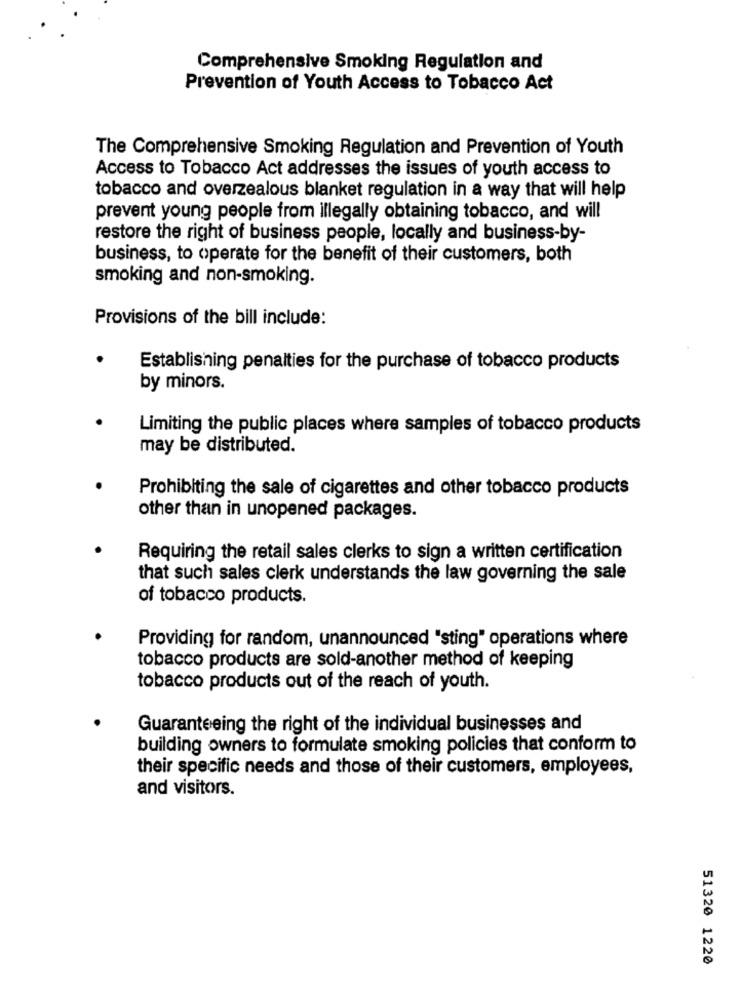
Comprehensive Smoking Regulation and
Prevention of Youth Access to Tobacco Act
The Comprehensive Smoking Regulation and Prevention of Youth
Access to Tobacco Act addresses the issues of youth access to
tobacco and overzealous blanket regulation in a way that will help
prevent young people from illegally obtaining tobacco, and will
restore the right of business people, locally and business-by-
business, to operate for the benefit of their customers, both
smoking and non-smoking.
Provisions of the bill include:
Establishing penalties for the purchase of tobacco products
by minors.
Limiting the public places where samples of tobacco products
may be distributed.
Prohibiting the sale of cigarettes and other tobacco products
other than in unopened packages.
Requiring the retail sales clerks to sign a written certification
that such sales clerk understands the law governing the sale
of tobacco products.
Providing for random, unannounced "sting" operations where
tobacco products are sold-another method of keeping
tobacco products out of the reach of youth.
Guaranteeing the right of the individual businesses and
building owners to formulate smoking policies that conform to
their specific needs and those of their customers, employees,
and visitors.
51320 1220